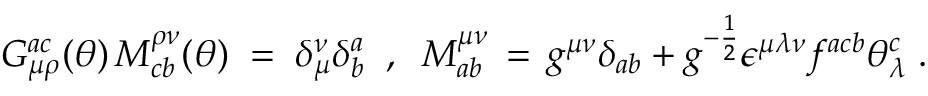
G _ { \mu \rho } ^ { a c } ( \theta ) \, M _ { c b } ^ { \rho \nu } ( \theta ) \; = \; \delta _ { \mu } ^ { \nu } \delta _ { b } ^ { a } \; \; , \; \; M _ { a b } ^ { \mu \nu } \, = \, g ^ { \mu \nu } \delta _ { a b } + g ^ { - \frac { 1 } { 2 } } \epsilon ^ { \mu \lambda \nu } f ^ { a c b } \theta _ { \lambda } ^ { c } \; .